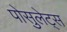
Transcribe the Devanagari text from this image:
पोसुलेट्स